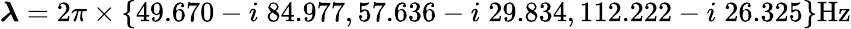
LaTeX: \boldsymbol{\lambda}=2\pi\times\{ 49.670-i\; {84.977},57.636-i\; {29.834},112.222-i\; {26.325}\} \mathrm{Hz}